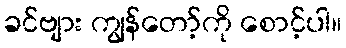
ခင်ဗျား ကျွန်တော့်ကို စောင့်ပါ။